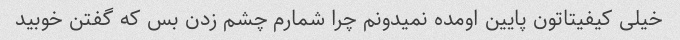
خیلی کیفیتاتون پایین اومده نمیدونم چرا شمارم چشم زدن بس که گفتن خوبید